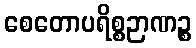
စေတောပရိစ္စဉာဏဉ္စ